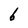
Character: 6